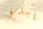
يبدو